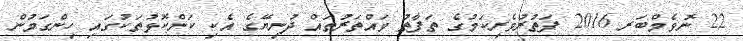
22 ނޮވެމްބަރ 2016 ފަތުރުވެރިކަމުގެ ތަފާތު ވައްތަރުތައް ދުނިޔޭގެ އެކި ކަންކޮޅުތަކުގައި ހިންގަމުން